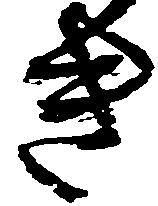
き